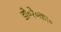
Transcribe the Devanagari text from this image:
डी॰रे॰का॰